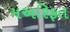
મઅરિફત